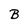
Character: B